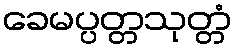
ခေမပ္ပတ္တသုတ္တံ